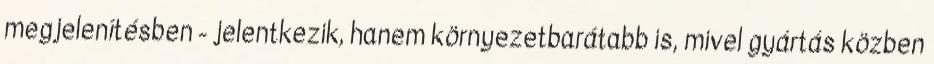
megjelenítésben - jelentkezik, hanem környezetbarátabb is, mivel gyártás közben